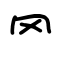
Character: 罓